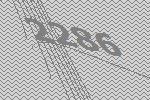
2286